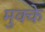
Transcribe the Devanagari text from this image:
मुक्‍के